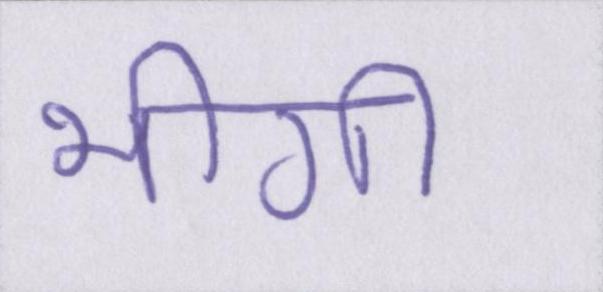
भीगी